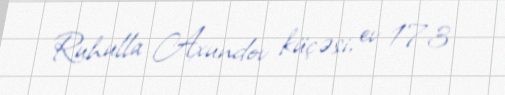
Ruhulla Axundov küçəsi, ev 173